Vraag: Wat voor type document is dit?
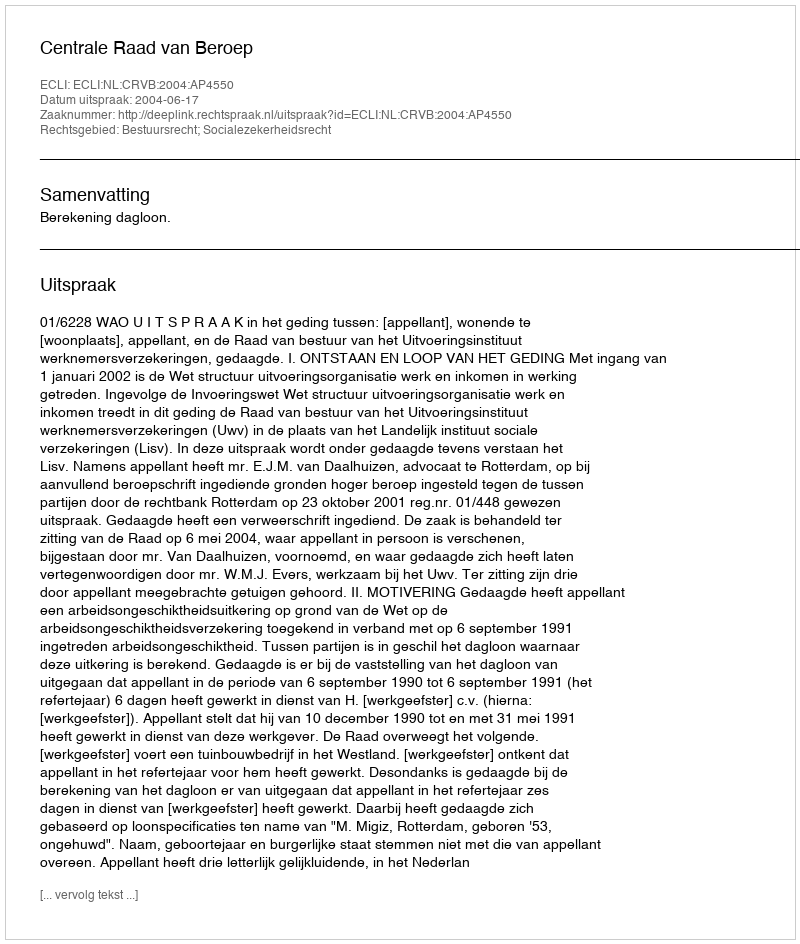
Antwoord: Uitspraak